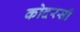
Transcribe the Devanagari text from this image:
कोदरसी